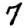
Digit: 7